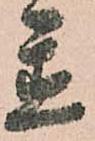
置